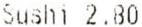
SUSHI 2.80